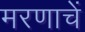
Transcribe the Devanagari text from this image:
मरणाचें